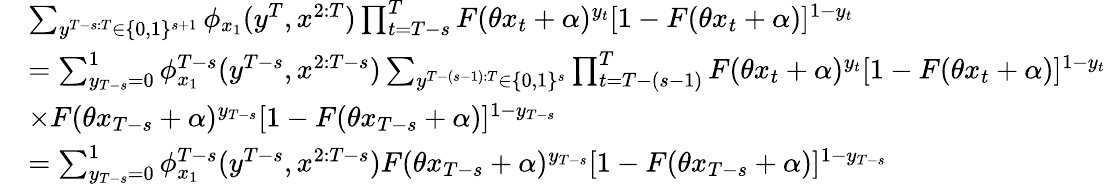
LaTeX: \begin{array}{rl}&{\sum_{y^{T-s:T}\in\{ 0,1\} ^{s+1}}\phi_{x_{1}}(y^{T},x^{2:T})\prod_{t=T-s}^{T}F(\theta x_{t}+\alpha)^{y_{t}}[1-F(\theta x_{t}+\alpha)]^{1-y_{t}}}\\ &{=\sum_{y_{T-s}=0}^{1}\phi_{x_{1}}^{T-s}(y^{T-s},x^{2:T-s})\sum_{y^{T-(s-1):T}\in\{ 0,1\} ^{s}}\prod_{t=T-(s-1)}^{T}F(\theta x_{t}+\alpha)^{y_{t}}[1-F(\theta x_{t}+\alpha)]^{1-y_{t}}}\\ &{\times F(\theta x_{T-s}+\alpha)^{y_{T-s}}[1-F(\theta x_{T-s}+\alpha)]^{1-y_{T-s}}}\\ &{=\sum_{y_{T-s}=0}^{1}\phi_{x_{1}}^{T-s}(y^{T-s},x^{2:T-s})F(\theta x_{T-s}+\alpha)^{y_{T-s}}[1-F(\theta x_{T-s}+\alpha)]^{1-y_{T-s}}}\end{array}